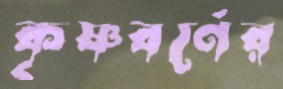
কৃষ্ণবর্ণের